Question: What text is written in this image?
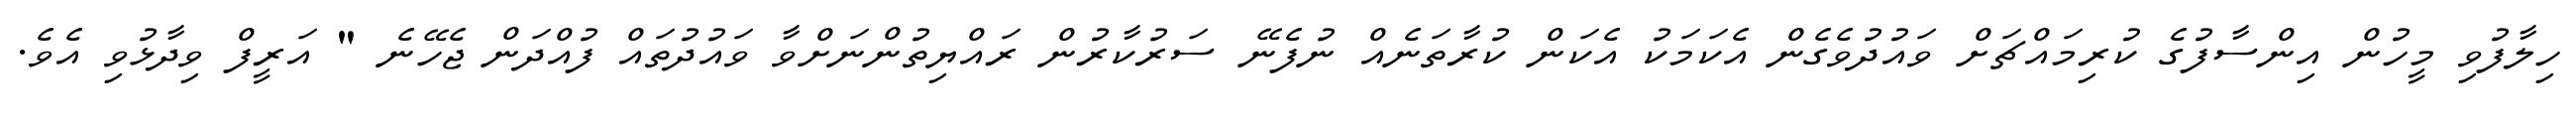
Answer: ހިލާފުވި މީހުން އިންސާފުގެ ކުރިމައްޗަށް ވައުދުވެގެން އެކަމަކު އެކަން ކުރާތަނެއް ނުފެނޭ ސަރުކާރުން ރައްޔިތުންނަށްވާ ވައުދުތައް ފުއްދަން ޖެހޭނެ " އަރީފް ވިދާޅުވި އެވެ.